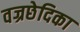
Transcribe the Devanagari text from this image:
वज्रछेदिका